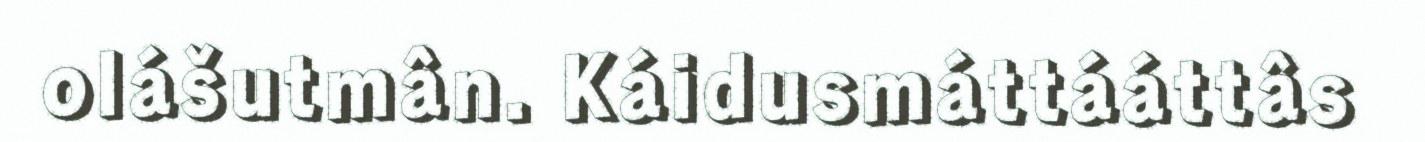
olášutmân. Káidusmáttááttâs